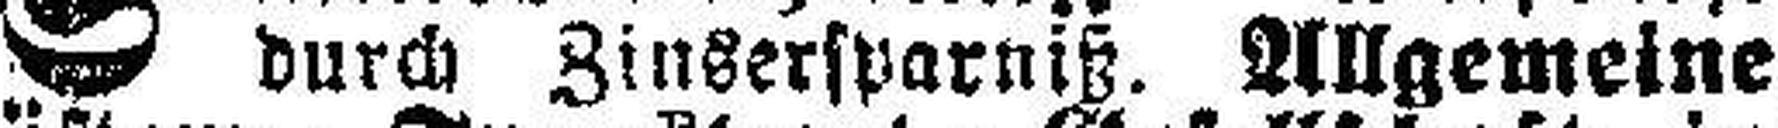
durch Zinsersparniß. Allgemeine